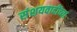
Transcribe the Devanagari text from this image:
संशयवादींच्या